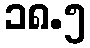
၁၈.၅